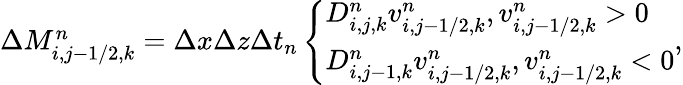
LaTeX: \begin{array}{r}{\Delta M_{i,j-1/2,k}^{n}=\Delta x\Delta z\Delta t_{n}\left\{ \begin{array}{ll}{D_{i,j,k}^{n}v_{i,j-1/2,k}^{n},v_{i,j-1/2,k}^{n}>0}\\ {D_{i,j-1,k}^{n}v_{i,j-1/2,k}^{n},v_{i,j-1/2,k}^{n}<0}\end{array}\right.,}\end{array}